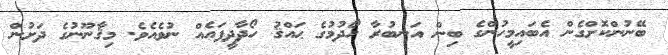
ބޭނުންކޮށްގެން އެބައިމީހުންގެ ބިން އަނބުރާ ހޯދުމުގެ ޙައްޤު ހޯދާދީފައެއް ނުވެއެވެ. މިޤާނޫނުގެ ދަށުން